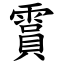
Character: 霣